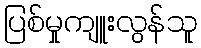
ပြစ်မှုကျူးလွန်သူ